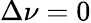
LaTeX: \Delta\nu=0